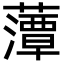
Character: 藫